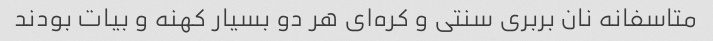
متاسفانه نان بربری سنتی و کره‌ای هر دو بسیار کهنه و بیات بودند